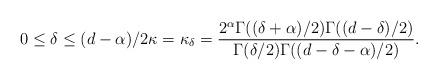
LaTeX: \begin{align*}0\le\delta\leq (d-\alpha)/2 \kappa=\kappa_\delta=\frac{2^\alpha\Gamma((\delta+\alpha)/2) \Gamma((d-\delta)/2)}{\Gamma(\delta/2)\Gamma((d-\delta-\alpha)/2)}.\end{align*}